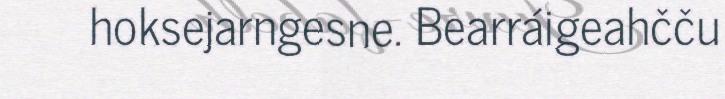
hoksejarngesne. Bearráigeahčču